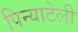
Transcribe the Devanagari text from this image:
पिन्याटेली